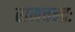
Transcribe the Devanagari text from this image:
रामचन्द्रः